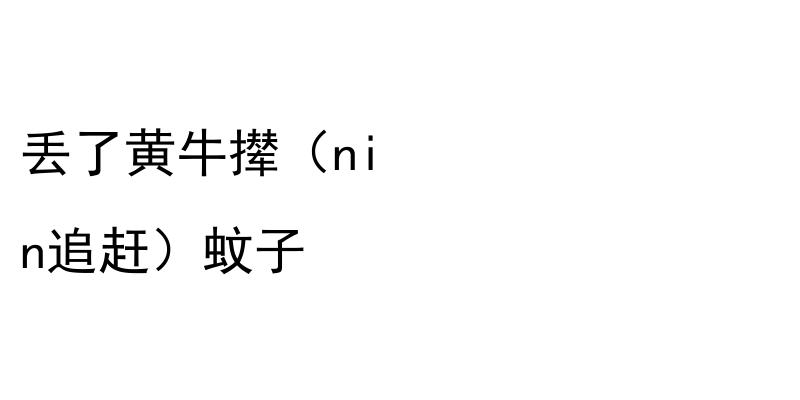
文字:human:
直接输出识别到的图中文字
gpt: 丢了黄牛撵（ni n追赶）蚊子